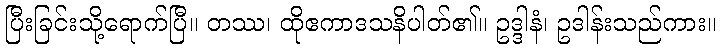
ပြီးခြင်းသို့ရောက်ပြီ။ တဿ၊ ထိုဧကာဒသနိပါတ်၏။ ဥဒ္ဒါနံ၊ ဥဒါန်းသည်ကား။